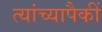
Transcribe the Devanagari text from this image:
त्यांच्यापैकीं